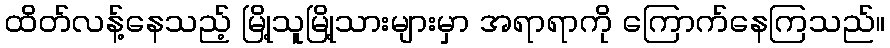
ထိတ်လန့်နေသည့် မြို့သူမြို့သားများမှာ အရာရာကို ကြောက်နေကြသည်။